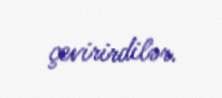
çevirirdilər.